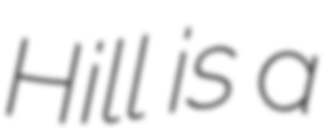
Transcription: Hill is a